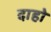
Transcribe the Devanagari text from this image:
दाहो